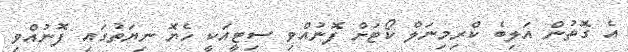
އެ ގޮތުން އަލިބެ ކްރިމިނަލް ކޯޓަށް ފޮނުއްވި ސިޓީއަކީ ހެޔޮ ނިޔަތުގައި ފޮނުއްވި